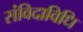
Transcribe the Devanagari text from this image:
संविदाविधि